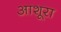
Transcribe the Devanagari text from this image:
आशूरा